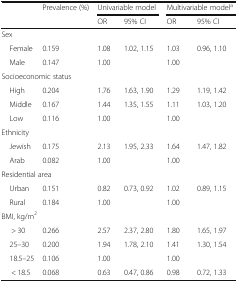
<table><thead><tr><td rowspan="2"></td><td><b>Prevalence (%)</b></td><td colspan="2"><b>Univariable model</b></td><td colspan="2"><b>Multivariable model<sup>a</sup></b></td></tr><tr><td></td><td><b>OR</b></td><td><b>95% CI</b></td><td><b>OR</b></td><td><b>95% CI</b></td></tr></thead><tbody><tr><td colspan="6">Sex</td></tr><tr><td> Female</td><td>0.159</td><td>1.08</td><td>1.02, 1.15</td><td>1.03</td><td>0.96, 1.10</td></tr><tr><td> Male</td><td>0.147</td><td>1.00</td><td></td><td>1.00</td><td></td></tr><tr><td colspan="6">Socioeconomic status</td></tr><tr><td> High</td><td>0.204</td><td>1.76</td><td>1.63, 1.90</td><td>1.29</td><td>1.19, 1.42</td></tr><tr><td> Middle</td><td>0.167</td><td>1.44</td><td>1.35, 1.55</td><td>1.11</td><td>1.03, 1.20</td></tr><tr><td> Low</td><td>0.116</td><td>1.00</td><td></td><td>1.00</td><td></td></tr><tr><td colspan="6">Ethnicity</td></tr><tr><td> Jewish</td><td>0.175</td><td>2.13</td><td>1.95, 2.33</td><td>1.64</td><td>1.47, 1.82</td></tr><tr><td> Arab</td><td>0.082</td><td>1.00</td><td></td><td>1.00</td><td></td></tr><tr><td colspan="6">Residential area</td></tr><tr><td> Urban</td><td>0.151</td><td>0.82</td><td>0.73, 0.92</td><td>1.02</td><td>0.89, 1.15</td></tr><tr><td> Rural</td><td>0.184</td><td>1.00</td><td></td><td>1.00</td><td></td></tr><tr><td colspan="6">BMI, kg/m<sup>2</sup></td></tr><tr><td>&gt; 30</td><td>0.266</td><td>2.57</td><td>2.37, 2.80</td><td>1.80</td><td>1.65, 1.97</td></tr><tr><td> 25–30</td><td>0.200</td><td>1.94</td><td>1.78, 2.10</td><td>1.41</td><td>1.30, 1.54</td></tr><tr><td> 18.5–25</td><td>0.106</td><td>1.00</td><td></td><td>1.00</td><td></td></tr><tr><td>&lt; 18.5</td><td>0.068</td><td>0.63</td><td>0.47, 0.86</td><td>0.98</td><td>0.72, 1.33</td></tr></tbody></table>